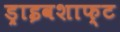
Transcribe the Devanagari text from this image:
ड्राइवशाफ्ट